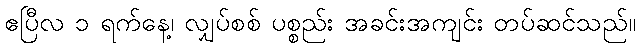
ဧပြီလ ၁ ရက်နေ့၊ လျှပ်စစ် ပစ္စည်း အခင်းအကျင်း တပ်ဆင်သည်။